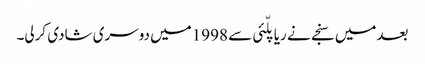
بعدمیں سنجے نے ریاپلّئی سے 1998میں دوسری شادی کرلی۔